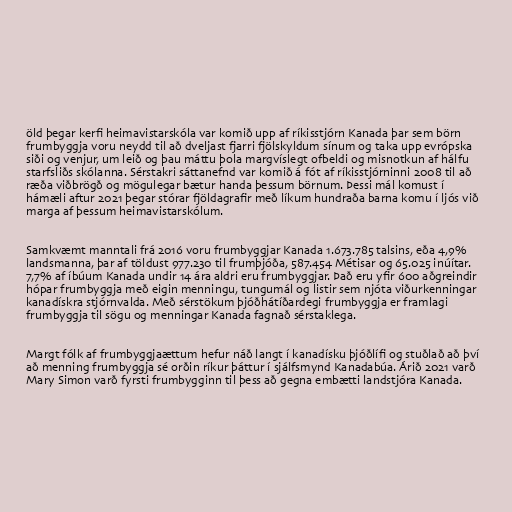
öld þegar kerfi heimavistarskóla var komið upp af ríkisstjórn Kanada þar sem börn
frumbyggja voru neydd til að dveljast fjarri fjölskyldum sínum og taka upp evrópska
siði og venjur, um leið og þau máttu þola margvíslegt ofbeldi og misnotkun af hálfu
starfsliðs skólanna. Sérstakri sáttanefnd var komið á fót af ríkisstjórninni 2008 til að
ræða viðbrögð og mögulegar bætur handa þessum börnum. Þessi mál komust í
hámæli aftur 2021 þegar stórar fjöldagrafir með líkum hundraða barna komu í ljós við
marga af þessum heimavistarskólum.

Samkvæmt manntali frá 2016 voru frumbyggjar Kanada 1.673.785 talsins, eða 4,9%
landsmanna, þar af töldust 977.230 til frumþjóða, 587.454 Métisar og 65.025 inúítar.
7,7% af íbúum Kanada undir 14 ára aldri eru frumbyggjar. Það eru yfir 600 aðgreindir
hópar frumbyggja með eigin menningu, tungumál og listir sem njóta viðurkenningar
kanadískra stjórnvalda. Með sérstökum þjóðhátíðardegi frumbyggja er framlagi
frumbyggja til sögu og menningar Kanada fagnað sérstaklega.

Margt fólk af frumbyggjaættum hefur náð langt í kanadísku þjóðlífi og stuðlað að því
að menning frumbyggja sé orðin ríkur þáttur í sjálfsmynd Kanadabúa. Árið 2021 varð
Mary Simon varð fyrsti frumbygginn til þess að gegna embætti landstjóra Kanada.